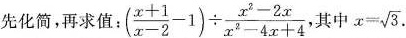
先化简，再求值：$$( \frac { x + 1 } { x - 2 } - 1 ) \div \frac { x ^ { 2 } - 2 x } { x ^ { 2 } - 4 x + 4}$$ 其中$$x = \sqrt { 3 }$$.